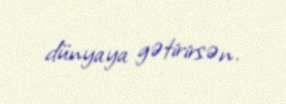
dünyaya gətirirsən.